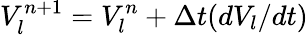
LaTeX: V_{l}^{n+1}=V_{l}^{n}+\Delta t(dV_{l}/dt)